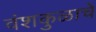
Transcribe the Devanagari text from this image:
वंशकुळाचें